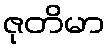
ဇုတိမာ